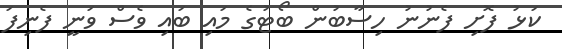
ކަޅު ފޮށި ފެނުނު ހިސާބުން ބޯޓުގެ މައި ބައި ވެސް ވަނީ ފެނިފަ